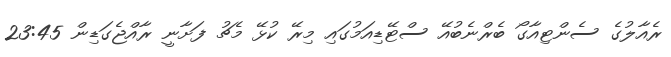
ރެއާލުގެ ސެންޓިއާގޯ ބެރްނެބުއޭ ސްޓޭޑިއަމުގައި މިރޭ ކުޅޭ މެޗު ފަށާނީ ރާއްޖެގަޑިން 23:45